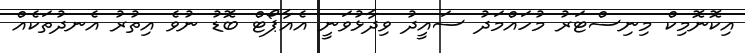
އިކޮނޮމިކް މިނިސްޓަރު މުހައްމަދު ސައީދު ވިދާޅުވަނީ އެއާޕޯޓް ބޮޑު ނުވެ އިތުރު އެނދުތަކެއް